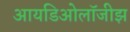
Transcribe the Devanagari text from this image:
आयडिओलॉजीझ